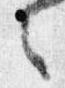
之